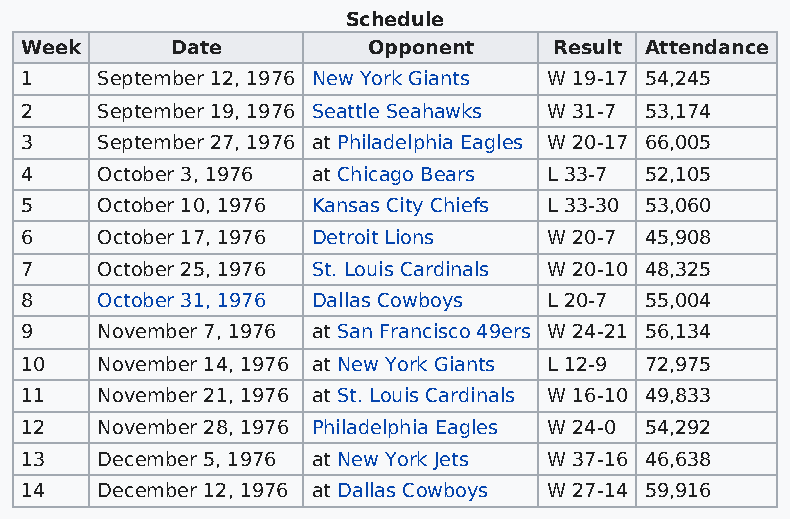
Schedule
 Week      Date         Opponent     Result Attendance
 1    September 12, 1976 New York Giants W 19-17 54,245
 2    September 19, 1976 Seattle Seahawks W 31-7 53,174
 3    September 27, 1976 at Philadelphia Eagles W 20-17 66,005
 4    October 3, 1976 at Chicago Bears L 33-7 52,105
 5    October 10, 1976 Kansas City Chiefs L 33-30 53,060
 6    October 17, 1976 Detroit Lions W 20-7 45,908
 7    October 25, 1976 St. Louis Cardinals W 20-10 48,325
 8    October 31, 1976 Dallas Cowboys L 20-7 55,004
 9    November 7, 1976 at San Francisco 49ers W 24-21 56,134
 10   November 14, 1976 at New York Giants L 12-9 72,975
 11   November 21, 1976 at St. Louis Cardinals W 16-10 49,833
 12   November 28, 1976 Philadelphia Eagles W 24-0 54,292
 13   December 5, 1976 at New York Jets W 37-16 46,638
 14   December 12, 1976 at Dallas Cowboys W 27-14 59,916